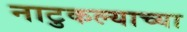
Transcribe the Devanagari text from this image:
नाटुकल्याच्या